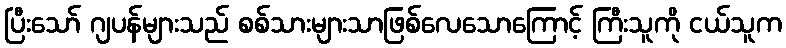
ပြီးသော် ဂျပန်များသည် စစ်သားများသာဖြစ်လေသောကြောင့် ကြီးသူကို ငယ်သူက